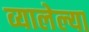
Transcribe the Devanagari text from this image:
व्यालेल्या